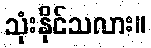
သုံးနိုင်သလား။